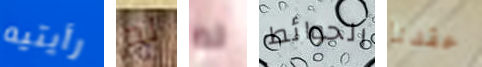
رأيتيه لم لم الحوائط عقدنا